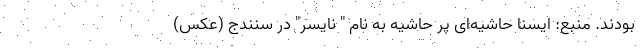
بودند. منبع: ایسنا حاشیه‌ای پر حاشیه به نام " نایسر" در سنندج (عکس)